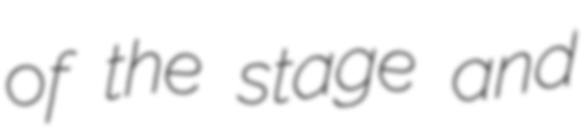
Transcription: of the stage and